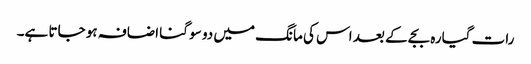
رات گیارہ بجے کے بعد اس کی مانگ میں دو سو گنا اضافہ ہو جاتا ہے۔